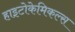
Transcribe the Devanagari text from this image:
हाइटोकेमिकल्स